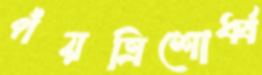
পঁয়ত্রিশোর্ধ্ব